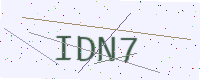
Text: IDN7